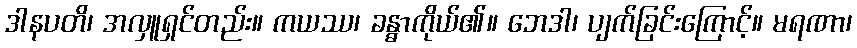
ဒါနပတိ၊ အလှူရှင်တည်း။ ကယဿ၊ ခန္ဓာကိုယ်၏။ ဘေဒါ၊ ပျက်ခြင်းကြောင့်။ မရဏာ၊